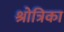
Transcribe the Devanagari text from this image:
श्रोत्रिका